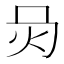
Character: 𤆙